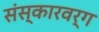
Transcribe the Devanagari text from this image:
संस्कारवर्ग